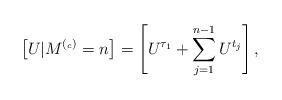
LaTeX: \begin{align*} \left[ U \vert M^{(_c)}=n \right] = \left[ U^{\tau_1} + \sum_{j = 1}^{n-1} U^{t_j} \right], \end{align*}